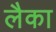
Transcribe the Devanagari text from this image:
लैका